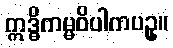
ဣဒ္ဓိကမ္မဝိပါကပဥှ။